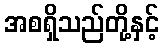
အစရှိသည်တို့နှင့်